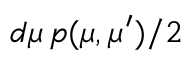
d \mu \, p ( \mu , \mu ^ { \prime } ) / 2